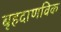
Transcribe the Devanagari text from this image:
बृहदाणविक